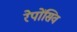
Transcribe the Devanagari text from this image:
रेपोंसिव